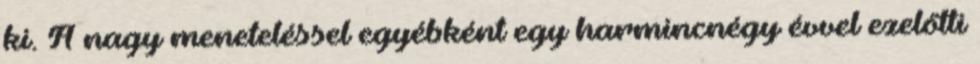
ki. A nagy meneteléssel egyébként egy harmincnégy évvel ezelőtti